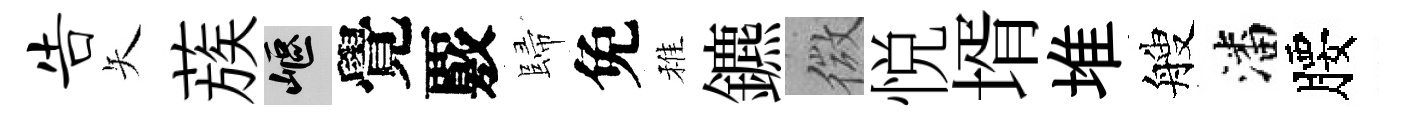
告矢蔟嶇覺覈歸免稚鑣微悦壻堆艘潘腰